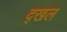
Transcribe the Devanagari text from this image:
द्खल